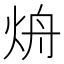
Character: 烐